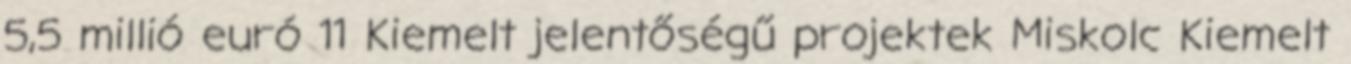
5,5 millió euró 11 Kiemelt jelentőségű projektek Miskolc Kiemelt